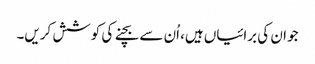
جو ان کی برائیاں ہیں، اُن سے بچنے کی کوشش کریں۔